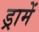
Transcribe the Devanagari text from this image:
ड्रामें